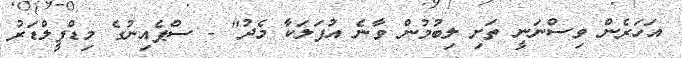
އަހަރެން ވިސްނަނީ ތަށި ލިބުމުން ވާނެ އުފަލަކާ މެދު" - ސްޕެއިނުގެ މިޑްފީލްޑަރު